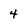
Character: 4